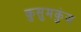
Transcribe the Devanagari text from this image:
कुसुमकुंज